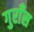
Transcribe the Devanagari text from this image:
गुराँस